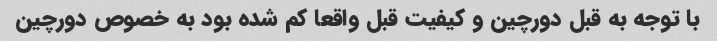
با توجه به قبل دورچین و کیفیت قبل واقعا کم شده بود به خصوص دورچین